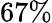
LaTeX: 67\%